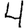
Digit: 4